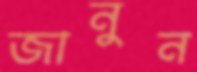
জানুন